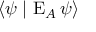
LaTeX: \langle \psi \mid \operatorname { E } _ { A } \psi \rangle